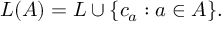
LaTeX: L ( A ) = L \cup \{ c _ { a } : a \in A \} .